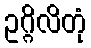
ဥဂ္ဂိလိတုံ